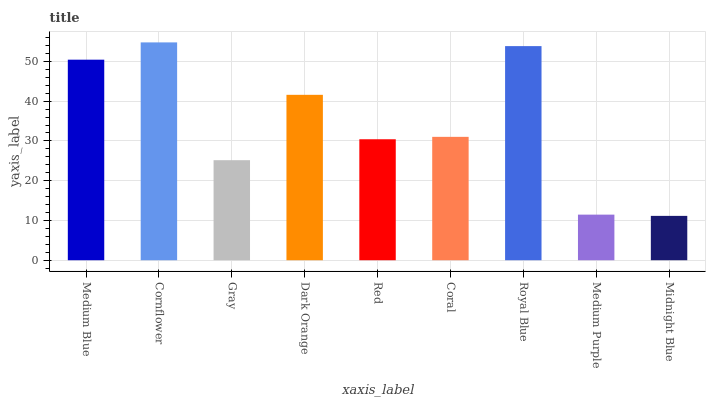
| xaxis_label | bars |
 | --- | --- |
 | Medium Blue | 50.4 |
 | Cornflower | 54.8 |
 | Gray | 25.2 |
 | Dark Orange | 41.6 |
 | Red | 30.4 |
 | Coral | 31 |
 | Royal Blue | 53.8 |
 | Medium Purple | 11.5 |
 | Midnight Blue | 11.2 |